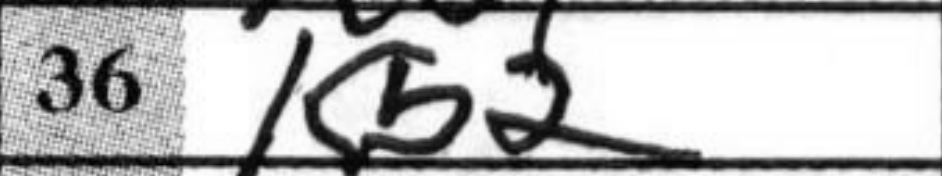
Transcription: Kb2